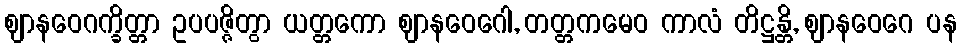
ဈာနဝေဂက္ခိတ္တာ ဥပပဇ္ဇိတွာ ယတ္တကော ဈာနဝေဂေါ, တတ္တကမေဝ ကာလံ တိဋ္ဌန္တိ, ဈာနဝေဂေ ပန